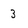
Character: 3